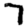
Digit: 7